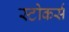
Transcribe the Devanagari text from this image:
स्टोकर्स